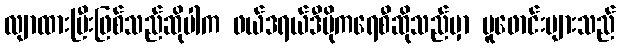
လျာထားပြီးဖြစ်သည်ဆိုပါက ဖယ်ဒရယ်ဒီမိုကရေစီဆိုသည်မှာ ပူဖောင်းများသည်